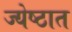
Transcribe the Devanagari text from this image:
ज्येष्ठात